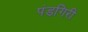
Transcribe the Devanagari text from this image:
पंडगिरी